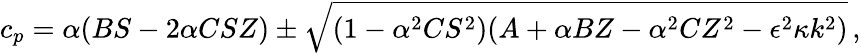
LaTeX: c_{p}=\alpha(BS-2\alpha CSZ)\pm\sqrt{(1-\alpha^{2}CS^{2})(A+\alpha BZ-\alpha^{2}CZ^{2}-\epsilon^{2}\kappa k^{2})}\, ,